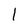
Character: I